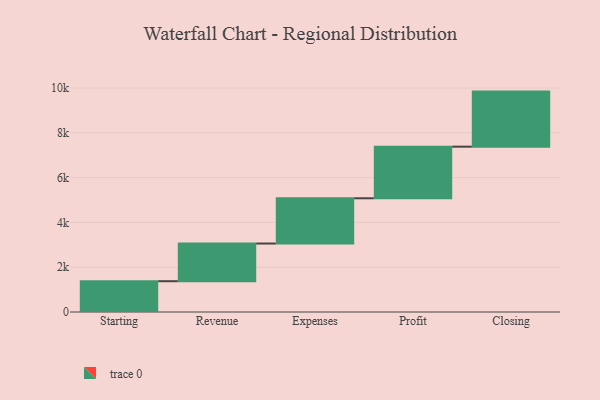
{"axis": {"x": "Step", "y": "Value"}, "legend": [""], "data": [{"x": "Starting", "y": 1375.0, "type": ""}, {"x": "Revenue", "y": 1682.0, "type": ""}, {"x": "Expenses", "y": 2020.0, "type": ""}, {"x": "Profit", "y": 2305.0, "type": ""}, {"x": "Closing", "y": 2458.0, "type": ""}]}